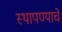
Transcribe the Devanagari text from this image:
स्थापण्याचें